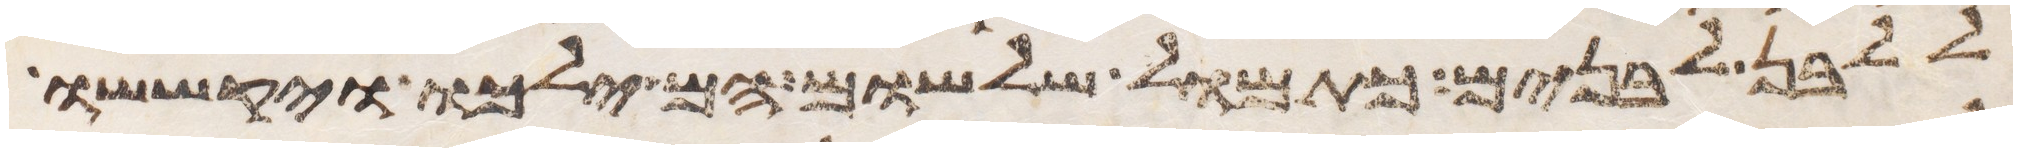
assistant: ללבן לבנים כתמול שלשום הם ילכו יקששו